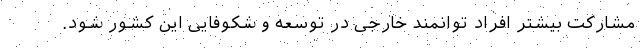
مشارکت بیشتر افراد توانمند خارجی در توسعه و شکوفایی این کشور شود.